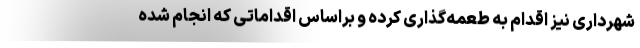
شهرداری نیز اقدام به طعمه‌گذاری کرده و براساس اقداماتی که انجام شده